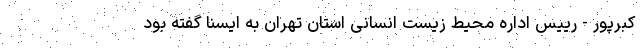
کبرپور - رییس اداره محیط زیست انسانی استان تهران به ایسنا گفته بود